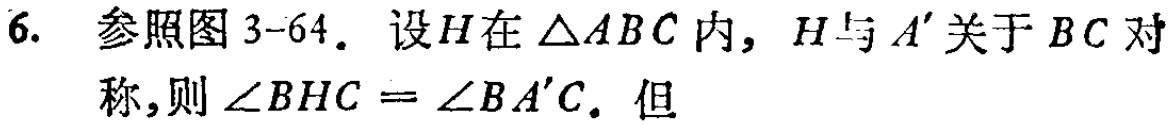
6. 参照图 3-64. 设\(H\)在\(\triangle ABC\)内，\(H\)与\(A'\)关于\(BC\)对称，则\(\angle BHC = \angle BA'C\). 但